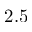
2 . 5